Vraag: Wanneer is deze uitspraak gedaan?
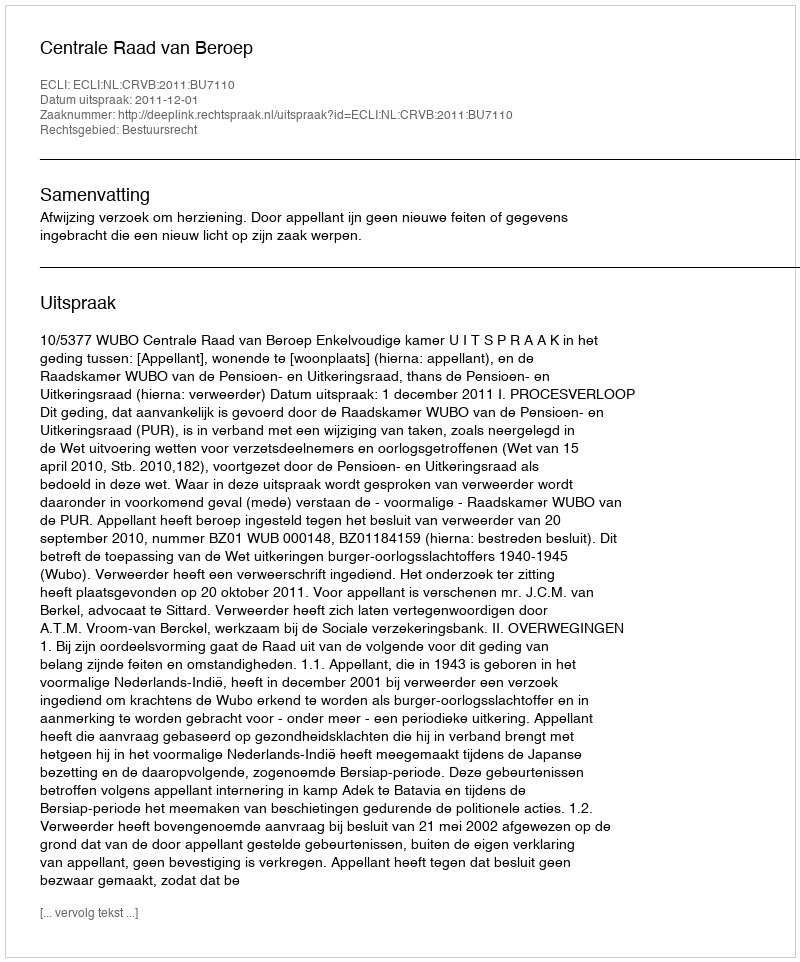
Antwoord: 2011-12-01